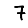
Digit: 7